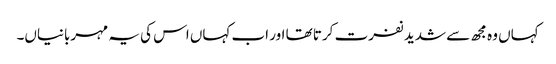
کہاں وہ مجھ سے شدید نفرت کرتا تھا اور اب کہاں اس کی یہ مہربانیاں۔